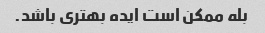
بله ممکن است ایده بهتری باشد.